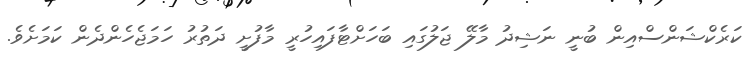
ކަރެކްޝަންސްއިން ބުނީ ނަޝިދު މާލޭ ޖަލުގައި ބަހަށްޓާފައިހުރީ މާފުށީ ދަތުރު ހަމަޖެހެންދެން ކަމަށެވެ.